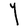
Character: Y